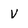
Character: V